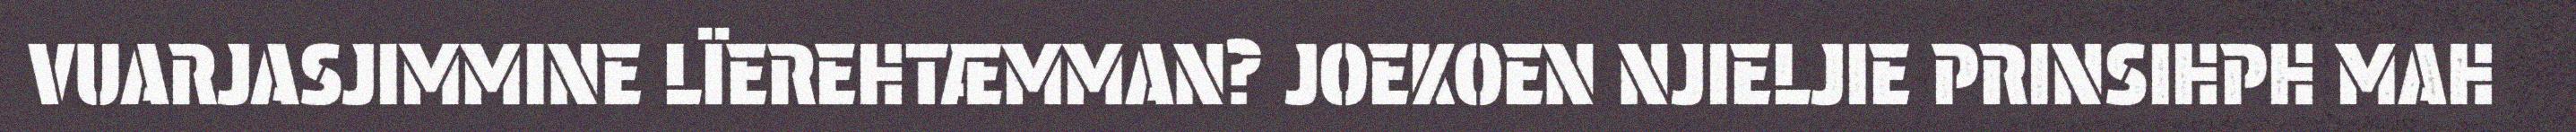
VUARJASJIMMINE LÏEREHTÆMMAN? JOEKOEN NJIELJIE PRINSIHPH MAH